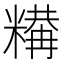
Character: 𥼉